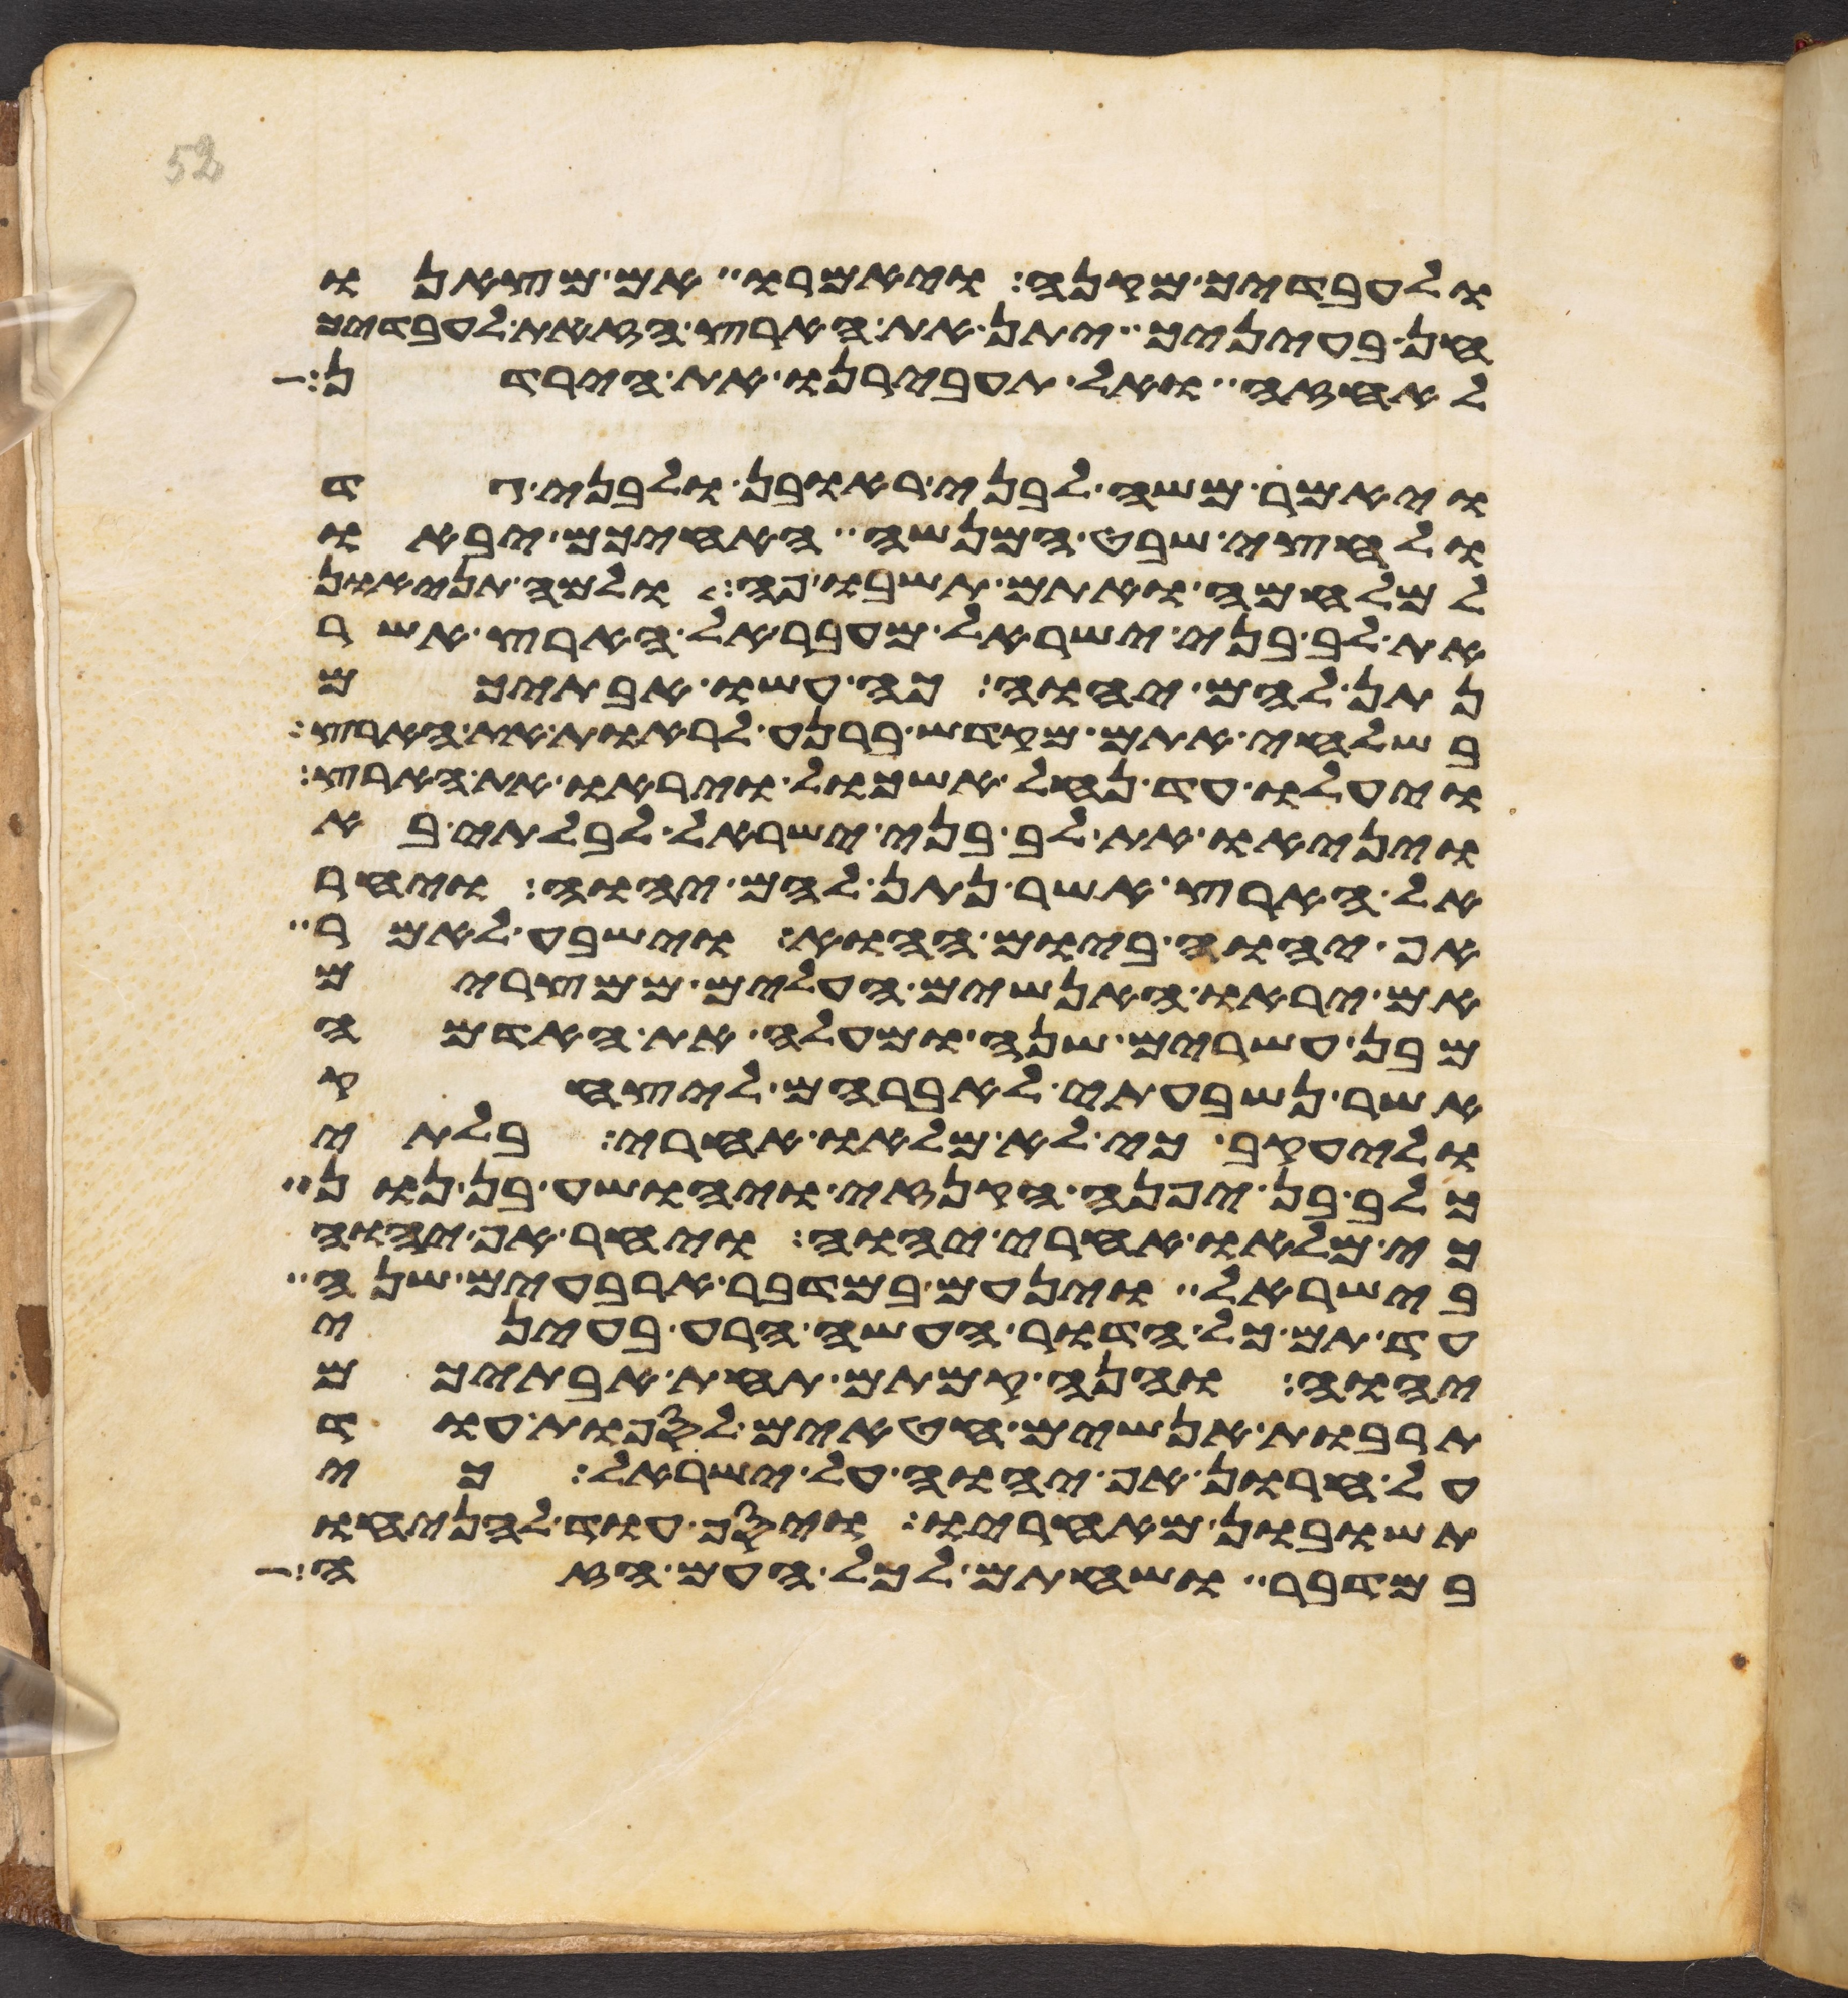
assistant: ולעבדיך מקנה ויאמרו אם מצאנו
חן בעיניך יתן את הארץ הזאת לעבדיך
לאחזה ואל תעבירנו את הירדן
ויאמר משה לבני ראובן ולבני גד
ולחצי שבט המנשה האחיכם יבאו
למלחמה ואתם תשבו פה ולמה תניאו
את לב בני ישראל מעבר אל הארץ אשר
נתן להם יהוה כה עשו אבתיכם
בשלחי אתם מקדש ברנע לראות את הארץ
ויעלו עד נחל אשכול ויראו את הארץ
ויניאו את לב בני ישראל לבלתי בא
אל הארץ אשר נתן להם יהוה ויחר
אף יהוה ביום ההוא וישבע לאמר
אם יראו האנשים העלים ממצרים
מבן עשרים שנה ומעלה את האדמה
אשר נשבעתי לאברהם ליצחק
וליעקב כי לא מלאו אחרי בלתי
כלב בן יפנה הקנזי ויהושע בן נון
כי מלאו אחרי יהוה ויחר אף יהוה
בישראל וינעם במדבר ארבעים שנה
עד תם כל הדור העשה הרע בעיני
יהוה והנה קמתם תחת אבתיכם
תרבות אנשים חטאים לספות עוד
על חרון אף יהוה על ישראל כי
תשובון מאחריו ויסף עוד להניחו
במדבר ושחתם לכל העם הזה